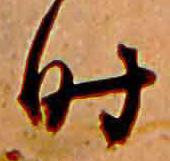
時